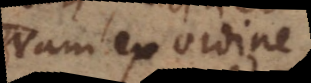
Nam ex ordine